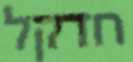
חדקל